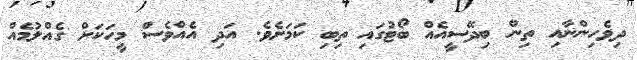
ދިވެހިންނާއި ތިން ބިދޭސީއެއް ބޯޓުގައި ތިބި ކަމަށެވެ. އަދި އެއްވެސް މީހަކަށް ގެއްލުމެއް